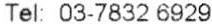
TEL: 03-7832 6929